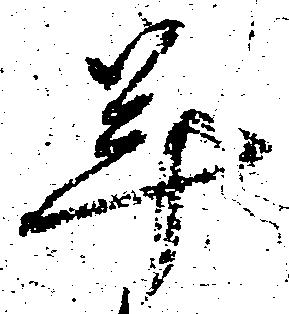
年